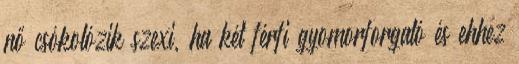
nő csókolózik szexi, ha két férfi gyomorforgató és ehhez